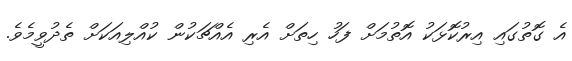
އެ ގޮތުގައި އިރުކޮޅަކު އޮތުމަށް ފަހު ހިތަށް އެރި އެއްޗަކުން ކުއްލިއަކަށް ތެދުވީމެވެ.